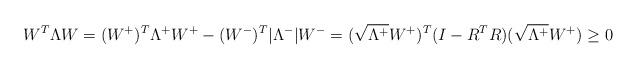
LaTeX: \begin{align*}W^T \Lambda W = (W^+)^T \Lambda^+ W^+ - (W^-)^T |\Lambda^-| W^- = (\sqrt{\Lambda^+}W^+)^T (I-R^T R) (\sqrt{\Lambda^+}W^+) \geq 0\end{align*}